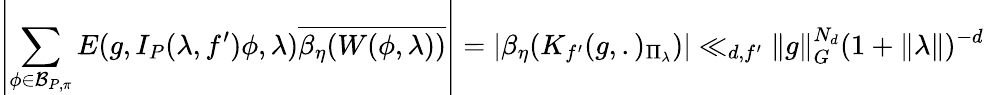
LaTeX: \displaystyle\left\lvert\sum_{\phi\in\mathcal{B}_{P,\pi}}E(g,I_{P}(\lambda,f^{\prime})\phi,\lambda)\overline{{\beta_{\eta}(W(\phi,\lambda))}}\right\rvert=\lvert\beta_{\eta}(K_{f^{\prime}}(g,.)_{\Pi_{\lambda}})\rvert\ll_{d,f^{\prime}}\lVert g\rVert_{G}^{N_{d}}(1+\lVert\lambda\rVert)^{-d}